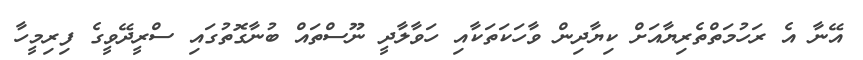
އޭނާ އެ ރަހުމަތްތެރިޔާއަށް ކިޔާދިން ވާހަކަތަކާއި ހަވާލާދީ ނޫސްތައް ބުނާގޮތުގައި ސްރީދޭވީގެ ފިރިމީހާ